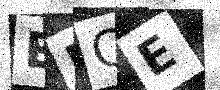
Text: EPCE